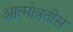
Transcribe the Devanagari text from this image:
आत्मोन्नतीस